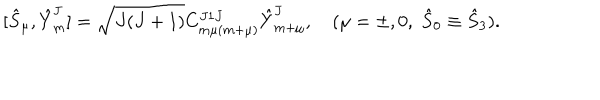
LaTeX: [ { \hat { S } } _ { \mu } , { \hat { Y } } _ { m } ^ { J } ] = \sqrt { J ( J + 1 ) } C _ { m \mu ( m + \mu ) } ^ { J 1 J } { \hat { Y } } _ { m + \mu } ^ { J } , \quad ( \mu = \pm , 0 , \; { \hat { S } } _ { 0 } \equiv { \hat { S } } _ { 3 } ) .